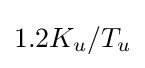
1.2K_{u}/T_{u}